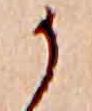
か